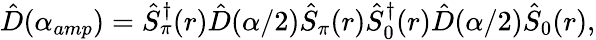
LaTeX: \begin{array}{r}{\hat{D}(\alpha_{amp})=\hat{S}_{\pi}^{\dagger}(r)\hat{D}(\alpha/2)\hat{S}_{\pi}(r)\hat{S}_{0}^{\dagger}(r)\hat{D}(\alpha/2)\hat{S}_{0}(r),}\end{array}